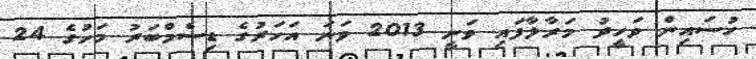
ހުސައިން ވަހީދު މަރާލާފައި ވަނީ 2013 ވަނަ އަހަރުގެ ޑިސެމްބަރު މަހުގެ 24